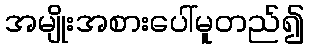
အမျိုးအစားပေါ်မူတည်၍